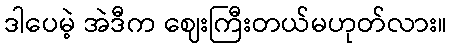
ဒါပေမဲ့ အဲဒီက ဈေးကြီးတယ်မဟုတ်လား။